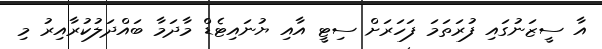
އާ ސީޒަނުގައި ފުރަތަމަ ފަހަރަށް ސިޓީ އާއި ޔުނައިޓެޑް މާދަމާ ބައްދަލުކުރާއިރު މި